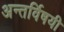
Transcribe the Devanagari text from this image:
अन्तर्विषयी